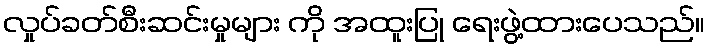
လှုပ်ခတ်စီးဆင်းမှုများ ကို အထူးပြု ရေးဖွဲ့ထားပေသည်။